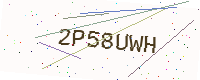
Text: 2P58UWH